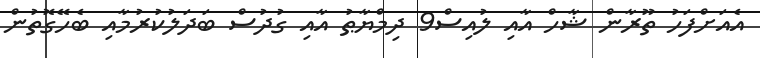
އެއަށްފަހު ތޫރާން ޝާހް އާއި ލުއިސް9 ދިމްޔާޠު އާއި ގުދުސް ބަދަލުކުރުމާއި ބެހޭގޮތުން